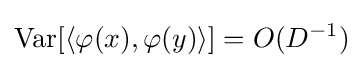
\operatorname {Var} [\langle \varphi (x),\varphi (y)\rangle ]=O(D^{-1})